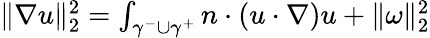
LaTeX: \begin{array}{r}{\| \nabla u\| _{2}^{2}=\int_{\gamma^{-}\cup\gamma^{+}}n\cdot(u\cdot\nabla)u+\| \omega\| _{2}^{2}}\end{array}